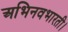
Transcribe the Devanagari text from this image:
अभिनवभारती।